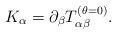
LaTeX: \begin{align*}K_\alpha =\partial _\beta T^{(\theta=0)}_{\alpha \beta } .\end{align*}